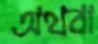
অথবা